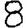
Digit: 8